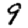
Digit: 9